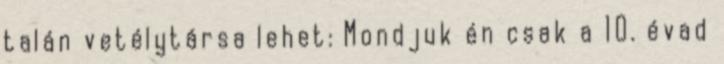
talán vetélytársa lehet: Mondjuk én csak a 10. évad